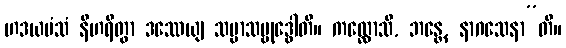
ဟဒယမံသံ နီဟရိတွာ ဒဿေယျ သမ္မာသမ္ဗုဒ္ဓေါတိ။ ကလ္လောသိ, ဘန္တေ, နာဂသေနာ”တိ။